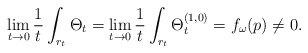
\begin{align*} \lim_{t\to 0}\frac{1}{t}\int_{r_t}\Theta_t = \lim_{t\to 0}\frac{1}{t}\int_{r_t}\Theta_t^{(1,0)} = f_{\omega}(p)\not=0.\end{align*}